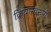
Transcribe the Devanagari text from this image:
क्रियास्वरूपों